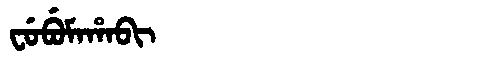
Manchu: ᠸᡠᠪᡠᠮᠠᡥᠠᠪᡳ
Romanization: FUBUMAHABI